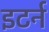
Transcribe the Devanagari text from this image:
इटर्न